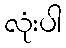
လုံးပါ